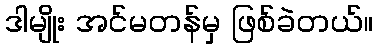
ဒါမျိုး အင်မတန်မှ ဖြစ်ခဲတယ်။